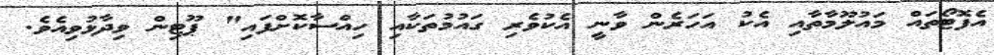
އެފޮޓޯތައް މައުލޫމާތާއި އެކު އަހަރެން ވާނީ އެކުވެރި ގައުމުތަކާއި ހިއްސާކޮށްފައި" ޕޫޓިން ވިދާޅުވިއެވެ.